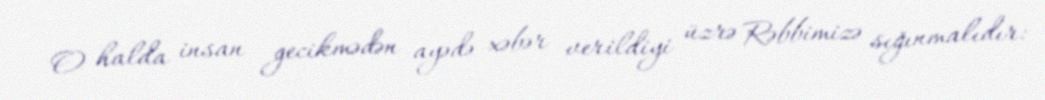
O halda insan gecikmədən ayədə xəbər verildiyi üzrə Rəbbimizə sığınmalıdır: